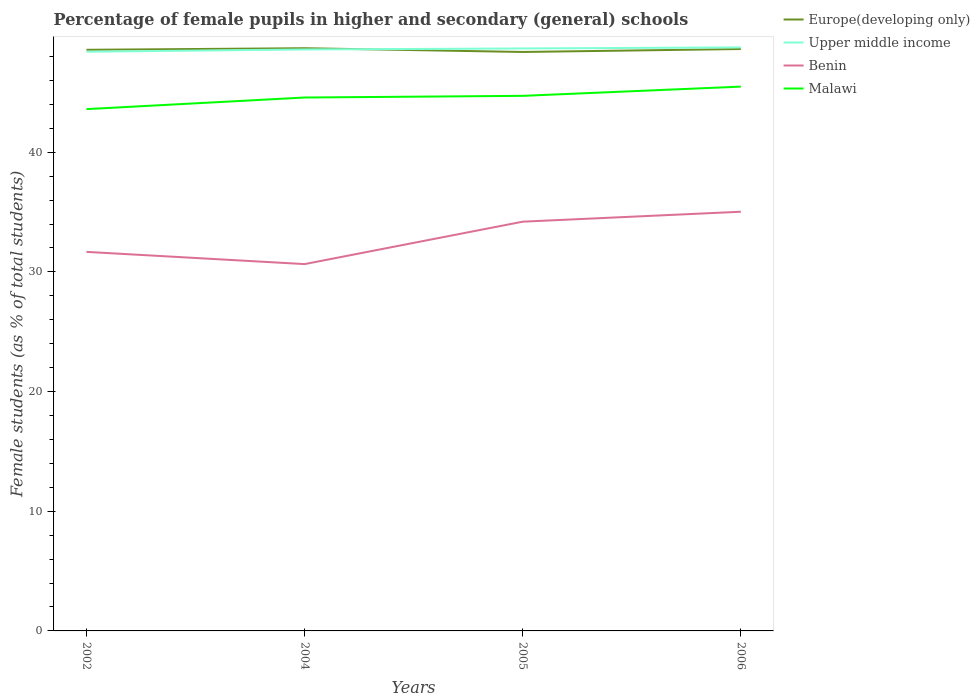
| Years | Europe(developing only) | Upper middle income | Benin | Malawi |
 | --- | --- | --- | --- | --- |
 | 2002 | 48.6 | 48.4 | 31.7 | 43.6 |
 | 2004 | 48.7 | 48.6 | 30.7 | 44.6 |
 | 2005 | 48.4 | 48.7 | 34.2 | 44.7 |
 | 2006 | 48.6 | 48.8 | 35 | 45.5 |